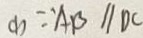
( 1 ) \because A B / / D C